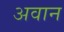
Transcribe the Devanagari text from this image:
अवान